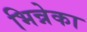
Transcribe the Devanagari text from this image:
भिन्नेका